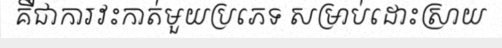
គឺជាការវះកាត់មួយប្រភេទ សម្រាប់ដោះស្រាយ